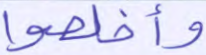
وأخلصوا